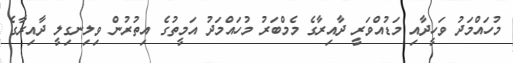
މުހައްމަދު ވަހީދާއި މަޑުއްވަރީ ދާއިރާގެ މެމްބަރު މުހައްމަދު އަމީތުގެ އިތުރުން ވިލިނގިލީ ދާއިރާގެ